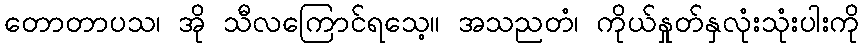
တောတာပသ၊ အို သီလကြောင်ရသေ့။ အသညတံ၊ ကိုယ်နှုတ်နှလုံးသုံးပါးကို